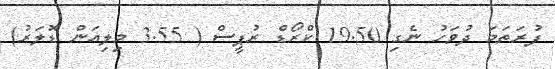
ފުރަތަމަ ދުވަހު ނެގި 19.50 ކްރޯޑް ރުޕީސް ( 3.55 މިލިއަން ޑޮލަރު)